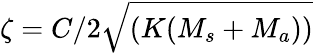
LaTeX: \zeta=C/2\sqrt{(K(M_{s}+M_{a}))}